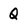
Character: Q